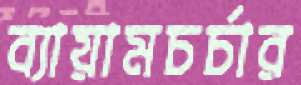
ব্যায়ামচর্চার